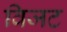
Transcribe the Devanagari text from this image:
विजट